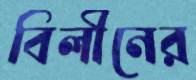
বিলীনের